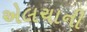
એલચાની